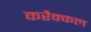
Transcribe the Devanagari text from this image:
करैक्कल